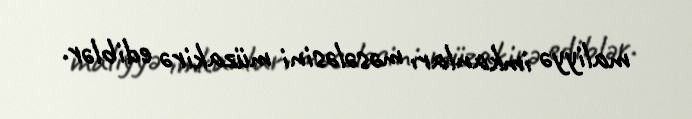
maliyyə imkanları məsələsini müzakirə ediblər.